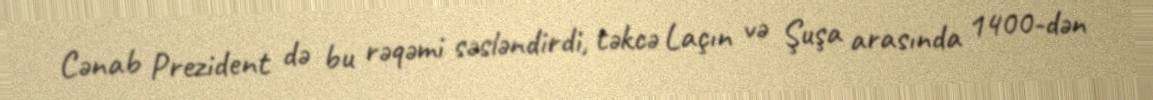
Cənab Prezident də bu rəqəmi səsləndirdi, təkcə Laçın və Şuşa arasında 1400-dən